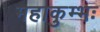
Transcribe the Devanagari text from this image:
महाकुम्भः